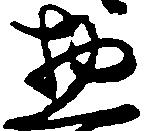
惣